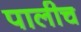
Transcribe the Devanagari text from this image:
पालीच